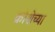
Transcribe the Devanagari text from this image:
क्रोशेच्या